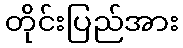
တိုင်းပြည်အား